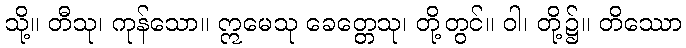
သို့။ တီသု၊ ကုန်သော။ ဣမေသု ခေတ္တေသု၊ တို့တွင်။ ဝါ၊ တို့၌။ တိဿော